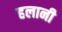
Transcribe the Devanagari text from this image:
हलानी